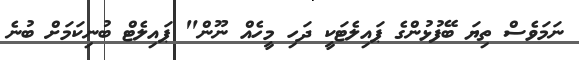
ނަމަވެސް ތިޔަ ބޭފުޅުންގެ ޕައިލެޓަކީ ދަހި މީހެއް ނޫން" ޕައިލެޓް ބުނިކަމަށް ބުނެ